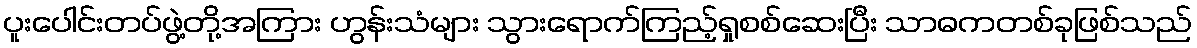
ပူးပေါင်းတပ်ဖွဲ့တို့အကြား ဟွန်းသံများ သွားရောက်ကြည့်ရှုစစ်ဆေးပြီး သာဓကတစ်ခုဖြစ်သည်